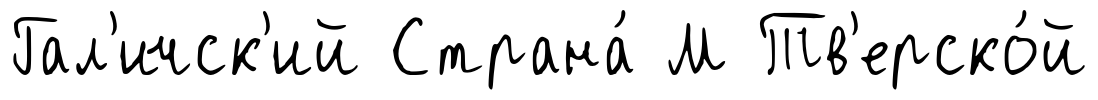
Гал'ичск'ий Страна́ М Тв'ерско́й